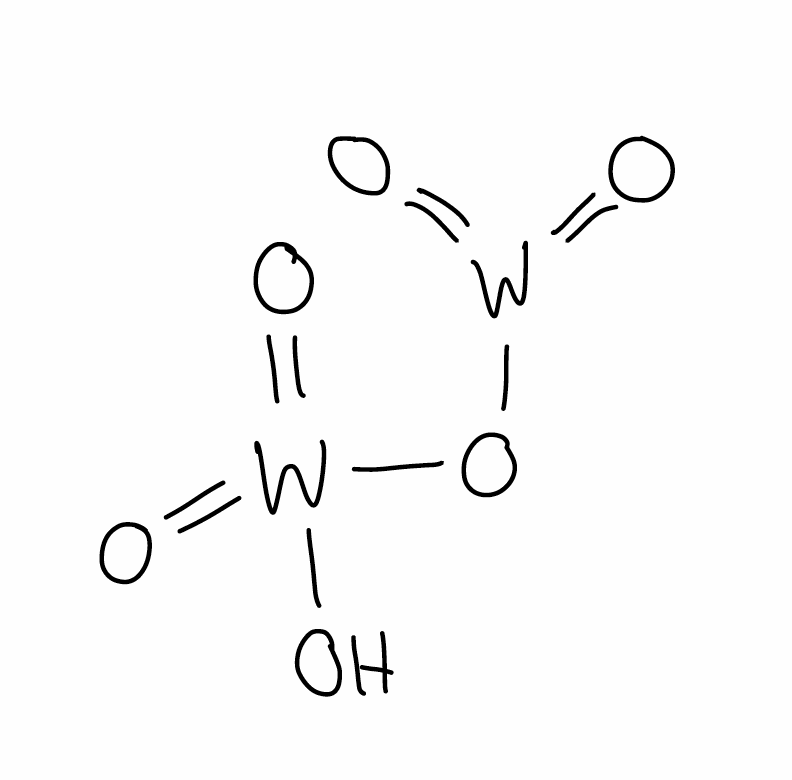
Simplified molecular-input line-entry system (SMILES) notation of the given molecule:
O[W](=O)(=O)O[W](=O)=O